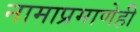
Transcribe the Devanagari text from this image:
नामाप्रमाणेही